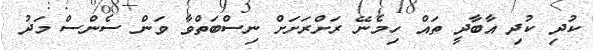
ކުދި ކުދި އާބާދީ ތައް ހިމެނޭ ރަށްރަށަށް ނިސްބަތްވާ ވަން ސެންސް މަދު